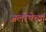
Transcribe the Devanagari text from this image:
जलरेषेच्या